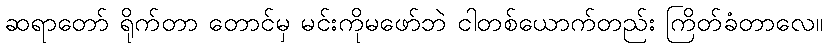
ဆရာတော် ရိုက်တာ တောင်မှ မင်းကိုမဖော်ဘဲ ငါတစ်ယောက်တည်း ကြိတ်ခံတာလေ။